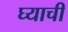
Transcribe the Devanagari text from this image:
घ्याची